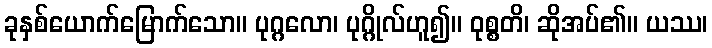
ခုနှစ်ယောက်မြောက်သော။ ပုဂ္ဂလော၊ ပုဂ္ဂိုလ်ဟူ၍။ ဝုစ္စတိ၊ ဆိုအပ်၏။ ယဿ၊